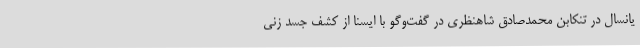
یانسال در تنکابن محمدصادق شاهنظری در گفت‌وگو با ایسنا از کشف جسد زنی